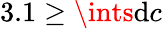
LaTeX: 3.1\geq\ints\mathrm{d}c